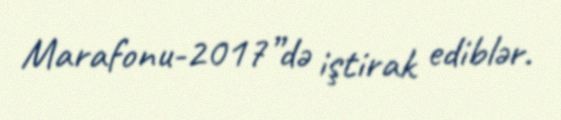
Marafonu-2017”də iştirak ediblər.